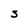
Character: S